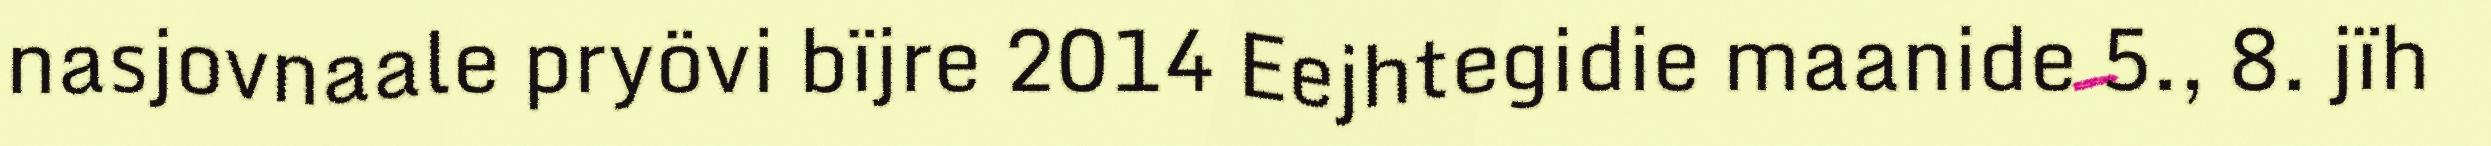
nasjovnaale pryövi bïjre 2014 Eejhtegidie maanide 5., 8. jïh